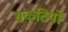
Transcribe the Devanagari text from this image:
संकटियों